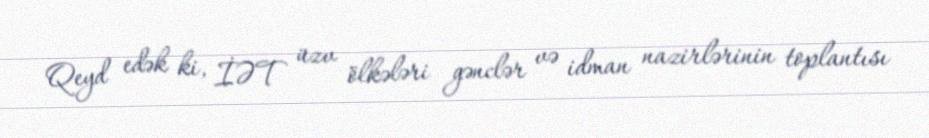
Qeyd edək ki, İƏT üzv ölkələri gənclər və idman nazirlərinin toplantısı